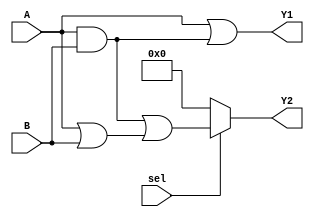
module CLB_Overlap (
    input wire [3:0] A,      // 4-bit input A
    input wire [3:0] B,      // 4-bit input B
    input wire sel,          // Select signal for multiplexing
    output wire [3:0] Y1,    // Output for logic function 1
    output wire [3:0] Y2     // Output for logic function 2
);

// Shared logic for both functions
wire [3:0] common_logic;
assign common_logic = A & B; // Example shared logic (AND operation)

// Logic function 1: Y1 = A + (A & B)
assign Y1 = A | common_logic; // Logic function 1 using shared logic

// Logic function 2: Y2 = (A & B) + (A | B)
assign Y2 = (sel) ? (common_logic | (A | B)) : 4'b0000; // Multiplexer for conditional logic

endmodule